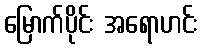
မြောက်ပိုင်း အရောဟင်း